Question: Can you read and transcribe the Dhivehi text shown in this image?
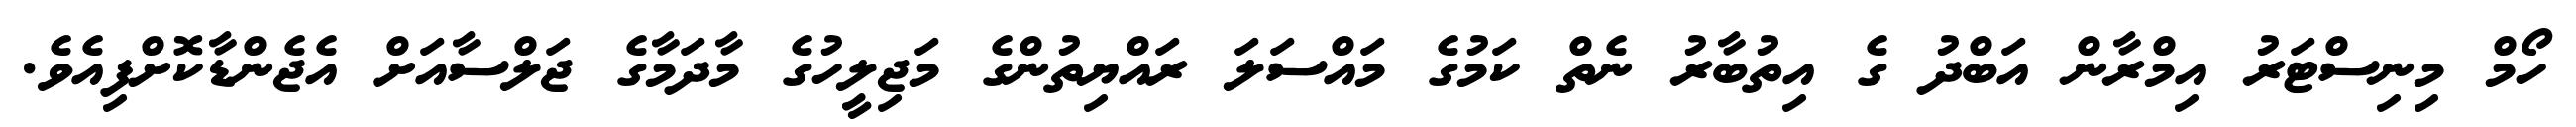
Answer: ހޯމް މިނިސްޓަރު އިމްރާން އަބްދު ގެ އިތުބާރު ނެތް ކަމުގެ މައްސަލަ ރައްޔިތުންގެ މަޖިލީހުގެ މާދަމާގެ ޖަލްސާއަށް އެޖެންޑާކޮށްފިއެވެ.